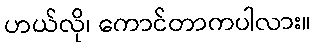
ဟယ်လို၊ ကောင်တာကပါလား။